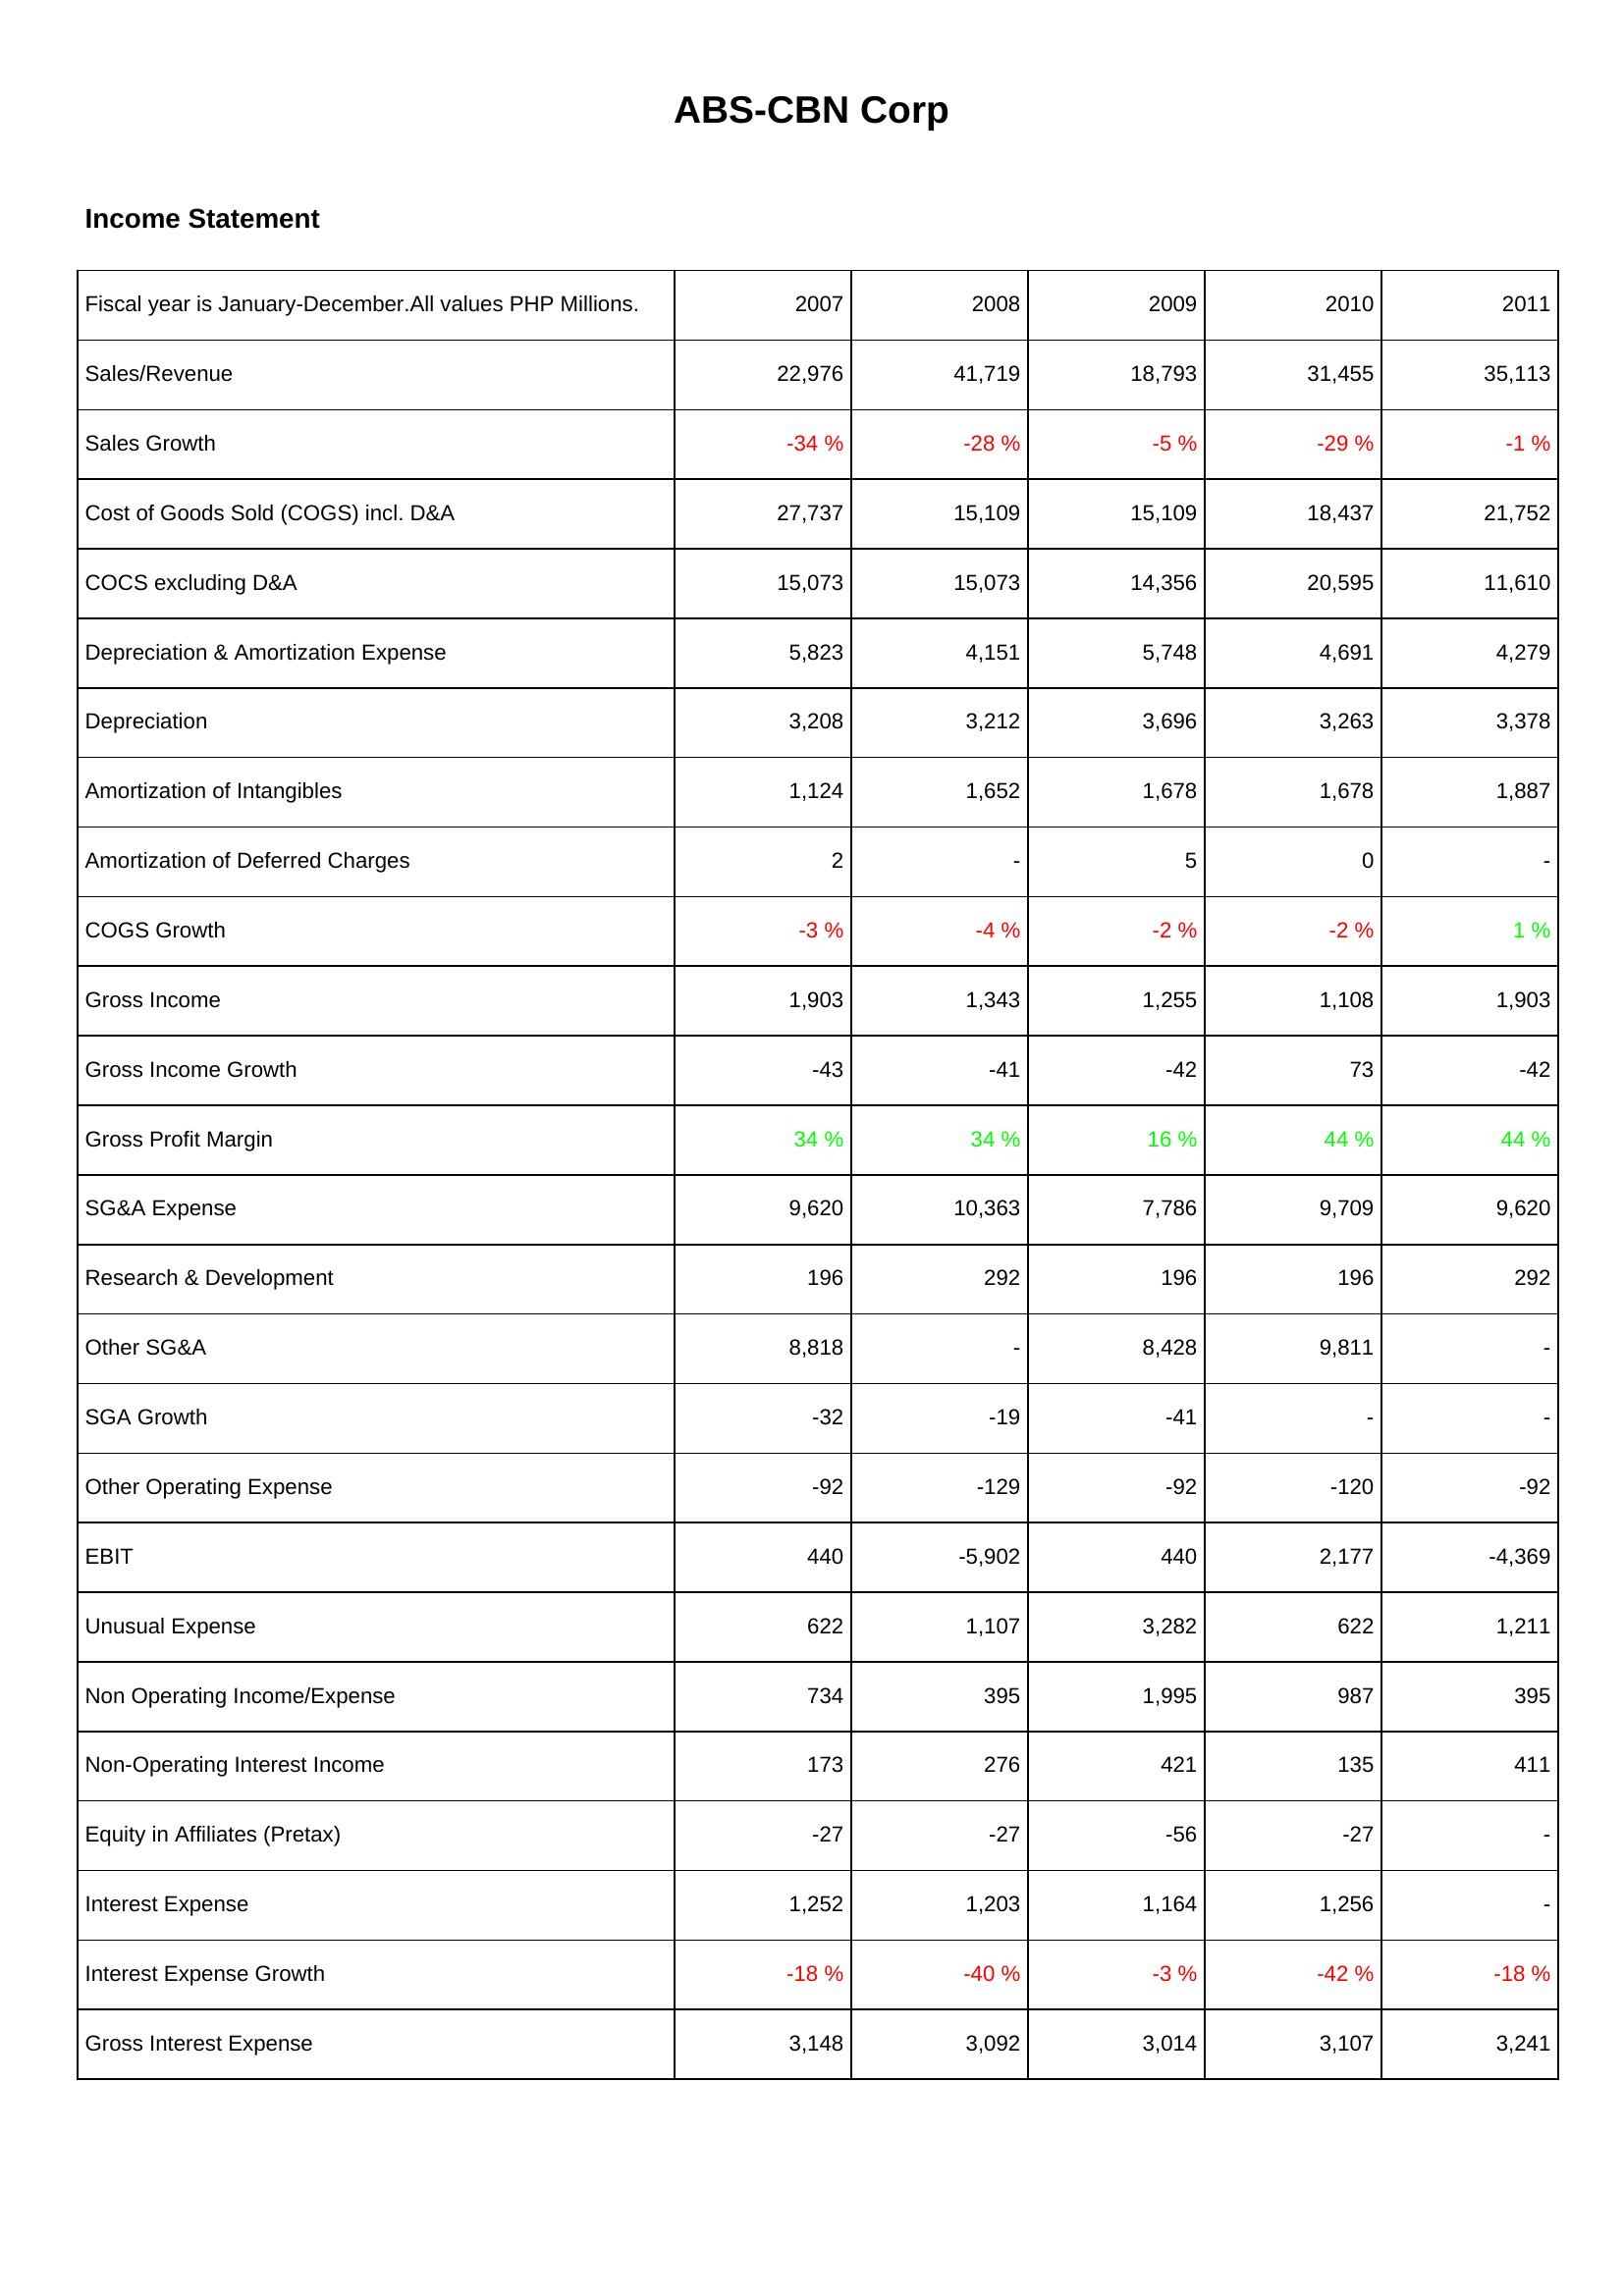
2007: Income Statement: Sales/Revenue: 22,976
Sales Growth: -34 %
Cost of Goods Sold (COGS) incl. D&A: 27,737
COCS excluding D&A: 15,073
Depreciation & Amortization Expense: 5,823
Depreciation: 3,208
Amortization of Intangibles: 1,124
Amortization of Deferred Charges: 2
COGS Growth: -3 %
Gross Income: 1,903
Gross Income Growth: -43
Gross Profit Margin: 34 %
SG&A Expense: 9,620
Research & Development: 196
Other SG&A: 8,818
SGA Growth: -32
Other Operating Expense: -92
EBIT: 440
Unusual Expense: 622
Non Operating Income/Expense: 734
Non-Operating Interest Income: 173
Equity in Affiliates (Pretax): -27
Interest Expense: 1,252
Interest Expense Growth: -18 %
Gross Interest Expense: 3,148
2008: Income Statement: Sales/Revenue: 41,719
Sales Growth: -28 %
Cost of Goods Sold (COGS) incl. D&A: 15,109
COCS excluding D&A: 15,073
Depreciation & Amortization Expense: 4,151
Depreciation: 3,212
Amortization of Intangibles: 1,652
Amortization of Deferred Charges: -
COGS Growth: -4 %
Gross Income: 1,343
Gross Income Growth: -41
Gross Profit Margin: 34 %
SG&A Expense: 10,363
Research & Development: 292
Other SG&A: -
SGA Growth: -19
Other Operating Expense: -129
EBIT: -5,902
Unusual Expense: 1,107
Non Operating Income/Expense: 395
Non-Operating Interest Income: 276
Equity in Affiliates (Pretax): -27
Interest Expense: 1,203
Interest Expense Growth: -40 %
Gross Interest Expense: 3,092
2009: Income Statement: Sales/Revenue: 18,793
Sales Growth: -5 %
Cost of Goods Sold (COGS) incl. D&A: 15,109
COCS excluding D&A: 14,356
Depreciation & Amortization Expense: 5,748
Depreciation: 3,696
Amortization of Intangibles: 1,678
Amortization of Deferred Charges: 5
COGS Growth: -2 %
Gross Income: 1,255
Gross Income Growth: -42
Gross Profit Margin: 16 %
SG&A Expense: 7,786
Research & Development: 196
Other SG&A: 8,428
SGA Growth: -41
Other Operating Expense: -92
EBIT: 440
Unusual Expense: 3,282
Non Operating Income/Expense: 1,995
Non-Operating Interest Income: 421
Equity in Affiliates (Pretax): -56
Interest Expense: 1,164
Interest Expense Growth: -3 %
Gross Interest Expense: 3,014
2010: Income Statement: Sales/Revenue: 31,455
Sales Growth: -29 %
Cost of Goods Sold (COGS) incl. D&A: 18,437
COCS excluding D&A: 20,595
Depreciation & Amortization Expense: 4,691
Depreciation: 3,263
Amortization of Intangibles: 1,678
Amortization of Deferred Charges: 0
COGS Growth: -2 %
Gross Income: 1,108
Gross Income Growth: 73
Gross Profit Margin: 44 %
SG&A Expense: 9,709
Research & Development: 196
Other SG&A: 9,811
SGA Growth: -
Other Operating Expense: -120
EBIT: 2,177
Unusual Expense: 622
Non Operating Income/Expense: 987
Non-Operating Interest Income: 135
Equity in Affiliates (Pretax): -27
Interest Expense: 1,256
Interest Expense Growth: -42 %
Gross Interest Expense: 3,107
2011: Income Statement: Sales/Revenue: 35,113
Sales Growth: -1 %
Cost of Goods Sold (COGS) incl. D&A: 21,752
COCS excluding D&A: 11,610
Depreciation & Amortization Expense: 4,279
Depreciation: 3,378
Amortization of Intangibles: 1,887
Amortization of Deferred Charges: -
COGS Growth: 1 %
Gross Income: 1,903
Gross Income Growth: -42
Gross Profit Margin: 44 %
SG&A Expense: 9,620
Research & Development: 292
Other SG&A: -
SGA Growth: -
Other Operating Expense: -92
EBIT: -4,369
Unusual Expense: 1,211
Non Operating Income/Expense: 395
Non-Operating Interest Income: 411
Equity in Affiliates (Pretax): -
Interest Expense: -
Interest Expense Growth: -18 %
Gross Interest Expense: 3,241